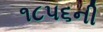
૧૮૫૬ની